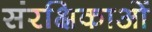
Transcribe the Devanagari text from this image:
संरक्षिकाओं